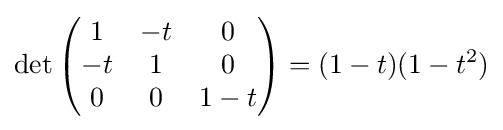
\det {\begin{pmatrix}1&-t&0\\-t&1&0\\0&0&1-t\end{pmatrix}}=(1-t)(1-t^{2})